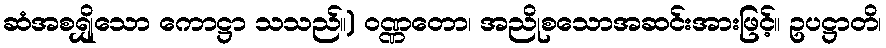
ဆံအစရျှိသော ကောဋ္ဌာ သသည်။) ဝဏ္ဏတော၊ အညိုစသောအဆင်းအားဖြင့်။ ဥပဋ္ဌာတိ၊